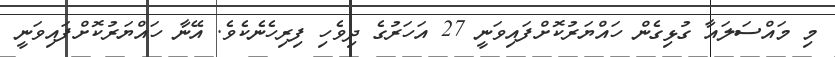
މި މައްސަލައާ ގުޅިގެން ހައްޔަރުކޮށްފައިވަނީ 27 އަހަރުގެ ދިވެހި ފިރިހެނެކެވެ. އޭނާ ހައްޔަރުކޮށްފައިވަނީ